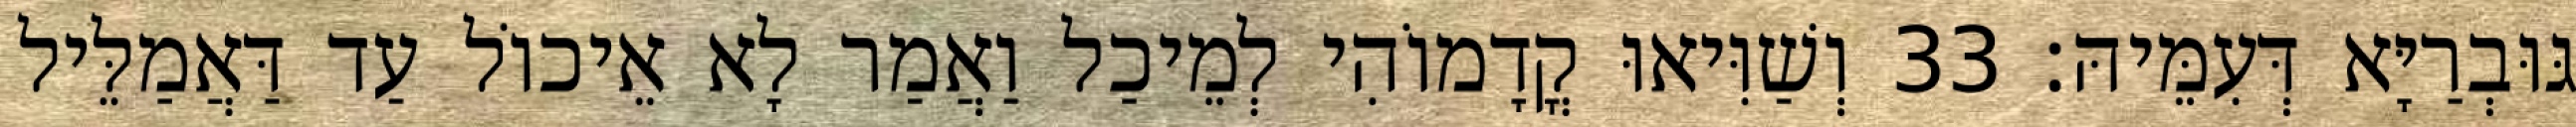
גּוּבְרַיָּא דְּעִמֵּיהּ׃ 33 וְשַׁוִּיאוּ קֳדָמוֹהִי לְמֵיכַל וַאֲמַר לָא אֵיכוֹל עַד דַּאֲמַלֵּיל